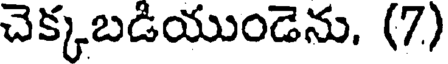
చెక్కబడియుండెను. (7)